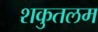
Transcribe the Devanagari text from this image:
शकुतलम